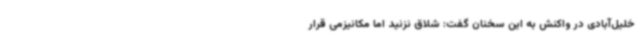
خلیل‌آبادی در واکنش به این سخنان گفت: شلاق نزنید اما مکانیزمی قرار